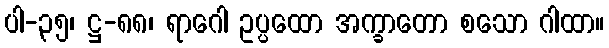
ပါ-၃၅၊ ဋ္ဌ-၈၈၊ ရာဂေါ ဥပ္ပထော အက္ခာတော စသော ဂါထာ။